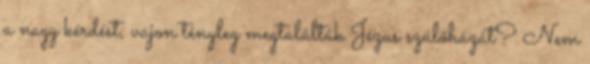
a nagy kérdést, vajon tényleg megtalálták Jézus szülőházát? Nem